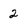
Character: 2